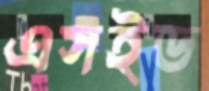
এসইড